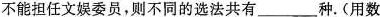
不能担任文娱委员，则不同的选法共有___种。(用数